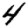
Digit: 4